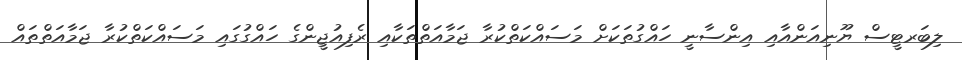
ލިބަރޓީސް ޔޫނިއަންއާއި އިންސާނީ ހައްގުތަކަށް މަސައްކަތްކުރާ ޖަމާއަތްތަކާއި ރެފިއުޖީންގެ ހައްގުގައި މަސައްކަތްކުރާ ޖަމާއަތްތައް